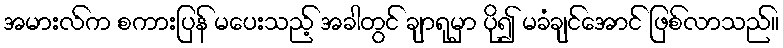
အမားလ်က စကားပြန် မပေးသည့် အခါတွင် ချာရုမှာ ပို၍ မခံချင်အောင် ဖြစ်လာသည်။